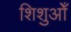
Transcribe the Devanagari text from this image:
शिशुओँ